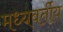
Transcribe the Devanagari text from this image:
मध्यवर्तीय